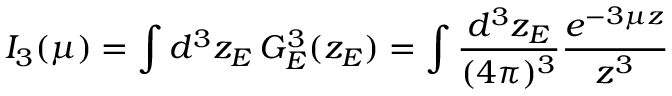
I _ { 3 } ( \mu ) = \int d ^ { 3 } z _ { E } \, G _ { E } ^ { 3 } ( z _ { E } ) = \int \frac { d ^ { 3 } z _ { E } } { ( 4 \pi ) ^ { 3 } } \frac { e ^ { - 3 \mu z } } { z ^ { 3 } }